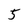
Character: 5